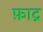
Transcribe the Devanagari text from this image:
फ़ाद्र